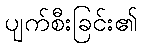
ပျက်စီးခြင်း၏